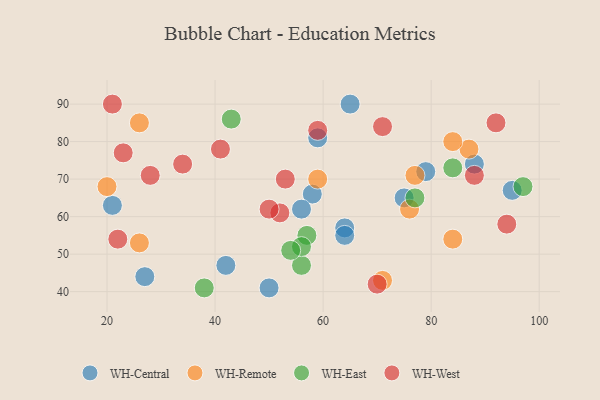
{"axis": {"x": "GDP", "y": "Life Expectancy"}, "legend": ["WH-Central", "WH-East", "WH-Remote", "WH-West"], "data": [{"x": "95", "y": 67, "type": "WH-Central"}, {"x": "64", "y": 57, "type": "WH-Central"}, {"x": "58", "y": 66, "type": "WH-Central"}, {"x": "42", "y": 47, "type": "WH-Central"}, {"x": "65", "y": 90, "type": "WH-Central"}, {"x": "75", "y": 65, "type": "WH-Central"}, {"x": "27", "y": 44, "type": "WH-Central"}, {"x": "21", "y": 63, "type": "WH-Central"}, {"x": "59", "y": 81, "type": "WH-Central"}, {"x": "56", "y": 62, "type": "WH-Central"}, {"x": "88", "y": 74, "type": "WH-Central"}, {"x": "79", "y": 72, "type": "WH-Central"}, {"x": "50", "y": 41, "type": "WH-Central"}, {"x": "64", "y": 55, "type": "WH-Central"}, {"x": "59", "y": 70, "type": "WH-Remote"}, {"x": "26", "y": 85, "type": "WH-Remote"}, {"x": "87", "y": 78, "type": "WH-Remote"}, {"x": "84", "y": 54, "type": "WH-Remote"}, {"x": "77", "y": 71, "type": "WH-Remote"}, {"x": "20", "y": 68, "type": "WH-Remote"}, {"x": "71", "y": 43, "type": "WH-Remote"}, {"x": "76", "y": 62, "type": "WH-Remote"}, {"x": "84", "y": 80, "type": "WH-Remote"}, {"x": "26", "y": 53, "type": "WH-Remote"}, {"x": "84", "y": 73, "type": "WH-East"}, {"x": "97", "y": 68, "type": "WH-East"}, {"x": "77", "y": 65, "type": "WH-East"}, {"x": "57", "y": 55, "type": "WH-East"}, {"x": "56", "y": 47, "type": "WH-East"}, {"x": "56", "y": 52, "type": "WH-East"}, {"x": "43", "y": 86, "type": "WH-East"}, {"x": "38", "y": 41, "type": "WH-East"}, {"x": "54", "y": 51, "type": "WH-East"}, {"x": "52", "y": 61, "type": "WH-West"}, {"x": "59", "y": 83, "type": "WH-West"}, {"x": "53", "y": 70, "type": "WH-West"}, {"x": "70", "y": 42, "type": "WH-West"}, {"x": "41", "y": 78, "type": "WH-West"}, {"x": "23", "y": 77, "type": "WH-West"}, {"x": "22", "y": 54, "type": "WH-West"}, {"x": "92", "y": 85, "type": "WH-West"}, {"x": "88", "y": 71, "type": "WH-West"}, {"x": "21", "y": 90, "type": "WH-West"}, {"x": "50", "y": 62, "type": "WH-West"}, {"x": "28", "y": 71, "type": "WH-West"}, {"x": "94", "y": 58, "type": "WH-West"}, {"x": "34", "y": 74, "type": "WH-West"}, {"x": "71", "y": 84, "type": "WH-West"}]}